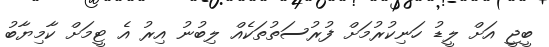
ބީޖީ އަށް ލީޑު ހަނިކުރުމަށް ފުރުސަތުތަކެއް ލިބުނު އިރު އެ ޓީމަށް ކާމިޔާބު